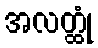
အလတ္ထုံ